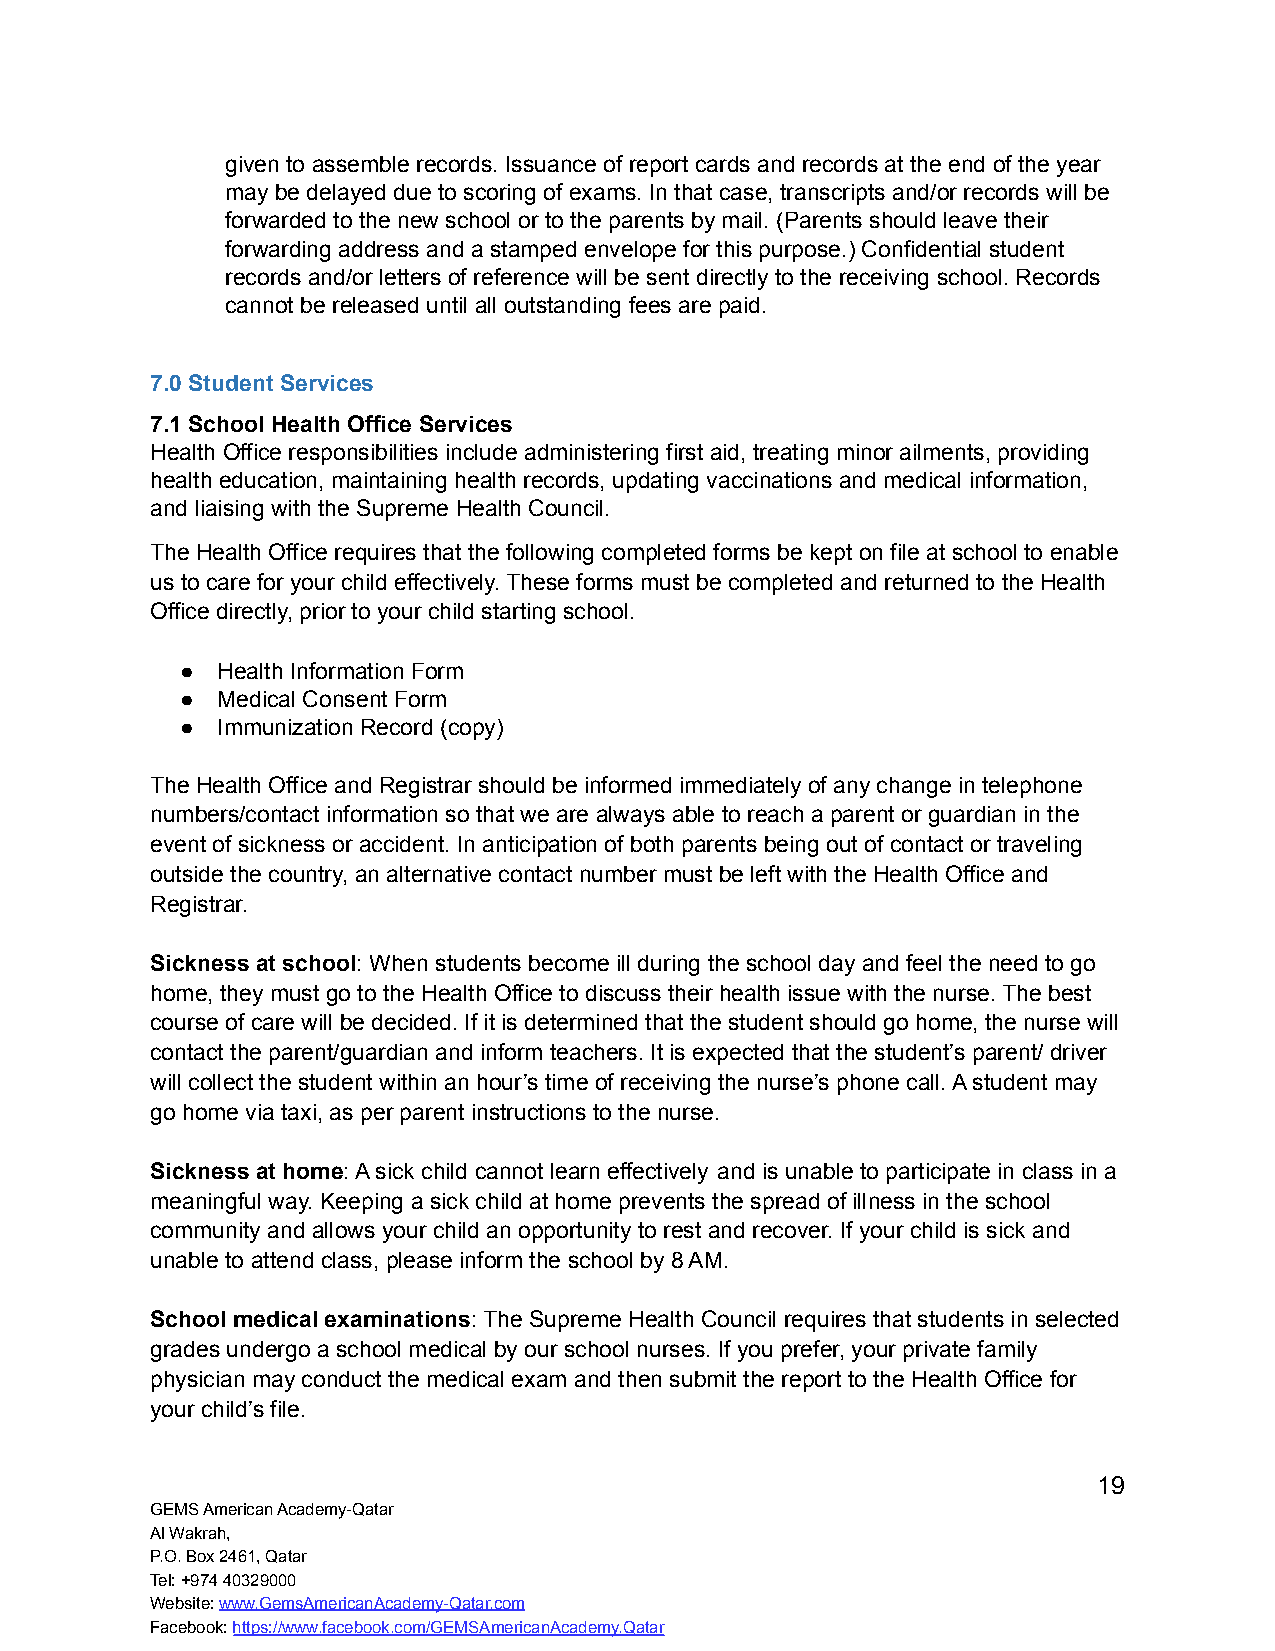
given to assemble records. Issuance of report cards and records at the end of the year
 may be delayed due to scoring of exams. In that case, transcripts and/or records will be
 forwarded to the new school or to the parents by mail. (Parents should leave their
 forwarding address and a stamped envelope for this purpose.) Confidential student
 records and/or letters of reference will be sent directly to the receiving school. Records
 cannot be released until all outstanding fees are paid.
 7.0 Student Services
 7.1 School Health Office Services
 Health Office responsibilities include administering first aid, treating minor ailments, providing
 health education, maintaining health records, updating vaccinations and medical information,
 and liaising with the Supreme Health Council.
 The Health Office requires that the following completed forms be kept on file at school to enable
 us to care for your child effectively. These forms must be completed and returned to the Health
 Office directly, prior to your child starting school.
 ● Health Information Form
 ● Medical Consent Form
 ● Immunization Record (copy)
 The Health Office and Registrar should be informed immediately of any change in telephone
 numbers/contact information so that we are always able to reach a parent or guardian in the
 event of sickness or accident. In anticipation of both parents being out of contact or traveling
 outside the country, an alternative contact number must be left with the Health Office and
 Registrar.
 Sickness at school: When students become ill during the school day and feel the need to go
 home, they must go to the Health Office to discuss their health issue with the nurse. The best
 course of care will be decided. If it is determined that the student should go home, the nurse will
 contact the parent/guardian and inform teachers. It is expected that the student’s parent/ driver
 will collect the student within an hour’s time of receiving the nurse’s phone call. A student may
 go home via taxi, as per parent instructions to the nurse.
 Sickness at home: A sick child cannot learn effectively and is unable to participate in class in a
 meaningful way. Keeping a sick child at home prevents the spread of illness in the school
 community and allows your child an opportunity to rest and recover. If your child is sick and
 unable to attend class, please inform the school by 8 AM.
 School medical examinations: The Supreme Health Council requires that students in selected
 grades undergo a school medical by our school nurses. If you prefer, your private family
 physician may conduct the medical exam and then submit the report to the Health Office for
 your child’s file.
 19
 GEMS American Academy-Qatar
 Al Wakrah,
 P.O. Box 2461, Qatar
 Tel: +974 40329000
 Website:www.GemsAmericanAcademy-Qatar.com
 Facebook:https://www.facebook.com/GEMSAmericanAcademy.Qatar